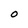
Character: O